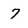
Character: 7